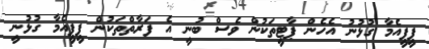
ޕީޕީއެމާ ގުޅުނު އެހެން ޕާޓީތަކުން ވެސް ބުނީ އެ ފަރާތްތަކުން ޕީޕީއެމާ ގުޅުނީ